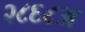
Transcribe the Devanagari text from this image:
२८६८अ